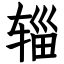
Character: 辎